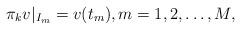
LaTeX: \begin{align*}\pi_k v\rvert_{I_m}=v(t_{m}), m=1,2,\dots, M,\end{align*}